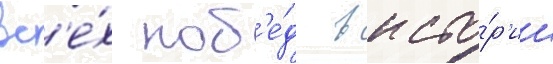
вс'е́х поб'е́д в исто́р'ии